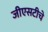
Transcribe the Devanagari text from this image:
जीएसटीचे